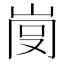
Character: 𡸍